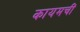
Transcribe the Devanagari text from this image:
कायमचीं